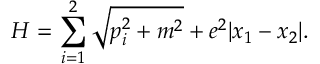
H = \sum _ { i = 1 } ^ { 2 } \sqrt { p _ { i } ^ { 2 } + m ^ { 2 } } + e ^ { 2 } | x _ { 1 } - x _ { 2 } | .